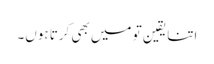
اتنا یقین تو میں بھی کرتا ہوں۔